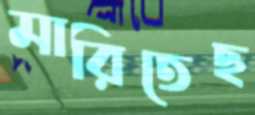
মারিতেছ